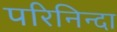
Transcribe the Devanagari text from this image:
परिनिन्दा